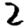
Digit: 2